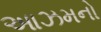
આઝમનો